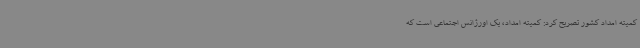
کمیته امداد کشور تصریح کرد: کمیته امداد، یک اورژانس اجتماعی است که